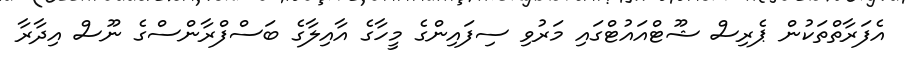
އެފަރާތްތަކުން ޕެރިސް ޝޫޓްއައުޓްގައި މަރުވި ސިފައިންގެ މީހާގެ އާއިލާގެ ބަސްފްރާންސްގެ ނޫސް އިދާރާ